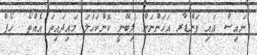
ނައިސް އައި ވަންޑާރ އަހަންނަށް ލިބޭނީ ކޮންކަހަލަ މައިދައިތަ އެއްތޯ  ހޯޕް